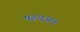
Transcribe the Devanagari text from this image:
पहचअन